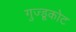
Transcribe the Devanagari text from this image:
गुज्डूकोट